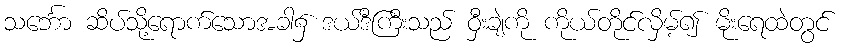
သင်္ဘော ဆိပ်သို့ရောက်သောအခါ၌ ဒယ်ဒီကြီးသည် ဝှီးချဲကို ကိုယ်တိုင်လှိမ့်၍ မိုးရေထဲတွင်